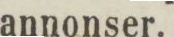
annonser.